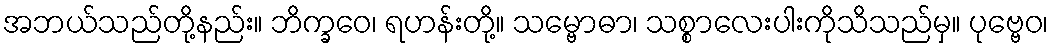
အဘယ်သည်တို့နည်း။ ဘိက္ခဝေ၊ ရဟန်းတို့။ သမ္ဗောဓာ၊ သစ္စာလေးပါးကိုသိသည်မှ။ ပုဗ္ဗေဝ၊